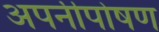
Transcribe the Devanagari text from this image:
अपनीपोषण